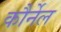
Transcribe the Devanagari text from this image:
कौर्नेल